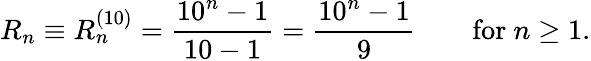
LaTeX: R_{n}\equiv R_{n}^{(10)}={\frac{10^{n}-1}{10-1}}={\frac{10^{n}-1}{9}}\qquad{\mathrm{for~}}n\geq 1.